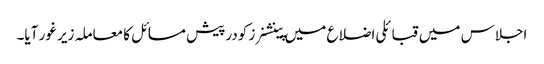
اجلاس میں قبائلی اضلاع میں پینشنرز کودرپیش مسائل کا معاملہ زیر غور آیا۔